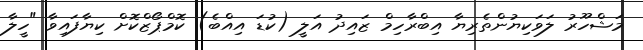
މަޝްހޫރު ލަވަކިޔުންތެރިޔާ އިބްރާހިމް ޒައިދު އަލީ (ކުޑަ އިއްބެ) ކޮމްޕޯޒްކޮށް ކިޔާފައިވާ "ހީލާ